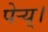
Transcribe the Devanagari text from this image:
पेर्‍य्।